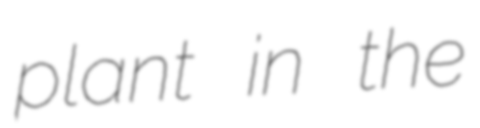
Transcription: plant in the